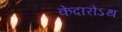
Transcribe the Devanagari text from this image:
केदारोऽथ